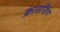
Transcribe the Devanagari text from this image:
क्राउडिंग